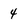
Character: 4